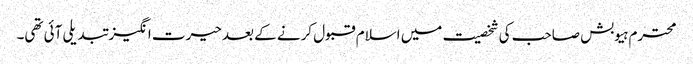
محترم ہیوبش صاحب کی شخصیت میں اسلام قبول کرنے کے بعد حیرت انگیز تبدیلی آئی تھی۔